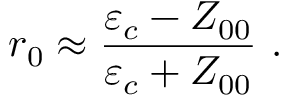
r _ { 0 } \approx \frac { \varepsilon _ { c } - Z _ { 0 0 } } { \varepsilon _ { c } + Z _ { 0 0 } } \mathrm { ~ . ~ }